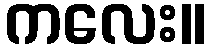
ကလေး။